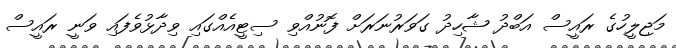
މަޖިލީހުގެ ރައީސް އަބްދު ޝާހިދު ގަވަރުނަރަށް ފޮނުއްވި ސިޓީއެއްގައި ވިދާޅުވެފައި ވަނީ ރައީސް